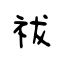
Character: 祓